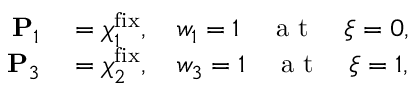
\begin{array} { r l } { \mathbf { P } _ { 1 } } & { { } = \boldsymbol \chi _ { 1 } ^ { \mathrm { { f i x } } } , \quad w _ { 1 } = 1 \quad \mathrm { ~ a ~ t ~ } \quad \xi = 0 , } \\ { \mathbf { P } _ { 3 } } & { { } = \boldsymbol \chi _ { 2 } ^ { \mathrm { { f i x } } } , \quad w _ { 3 } = 1 \quad \mathrm { ~ a ~ t ~ } \quad \xi = 1 , } \end{array}